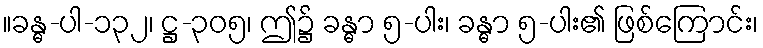
။ခန္ဓ-ပါ-၁၃၂၊ ဋ္ဌ-၃၀၅၊ ဤ၌ ခန္ဓာ ၅-ပါး၊ ခန္ဓာ ၅-ပါး၏ ဖြစ်ကြောင်း၊